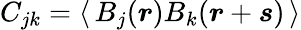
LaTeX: C_{jk}=\langle\, B_{j}(\boldsymbol{r})B_{k}(\boldsymbol{r}+\boldsymbol{s})\, \rangle